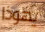
يهوذا